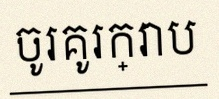
ចូរគូរក្រាប